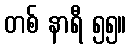
တစ် နာရီ ၅၅။